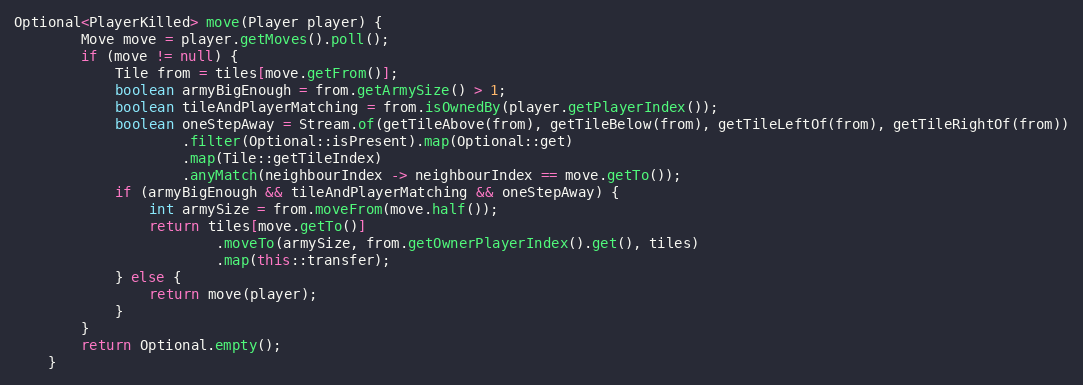
Language: Java
Optional<PlayerKilled> move(Player player) {
        Move move = player.getMoves().poll();
        if (move != null) {
            Tile from = tiles[move.getFrom()];
            boolean armyBigEnough = from.getArmySize() > 1;
            boolean tileAndPlayerMatching = from.isOwnedBy(player.getPlayerIndex());
            boolean oneStepAway = Stream.of(getTileAbove(from), getTileBelow(from), getTileLeftOf(from), getTileRightOf(from))
                    .filter(Optional::isPresent).map(Optional::get)
                    .map(Tile::getTileIndex)
                    .anyMatch(neighbourIndex -> neighbourIndex == move.getTo());
            if (armyBigEnough && tileAndPlayerMatching && oneStepAway) {
                int armySize = from.moveFrom(move.half());
                return tiles[move.getTo()]
                        .moveTo(armySize, from.getOwnerPlayerIndex().get(), tiles)
                        .map(this::transfer);
            } else {
                return move(player);
            }
        }
        return Optional.empty();
    }